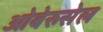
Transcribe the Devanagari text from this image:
ओबेरुसेल